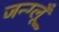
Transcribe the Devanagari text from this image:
जन्ग्लूँ